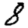
Digit: 8